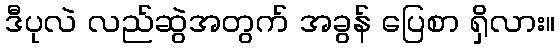
ဒီပုလဲ လည်ဆွဲအတွက် အခွန် ပြေစာ ရှိလား။